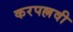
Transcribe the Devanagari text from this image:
करपल्लवी